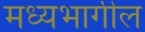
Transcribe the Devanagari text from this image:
मध्यभागील